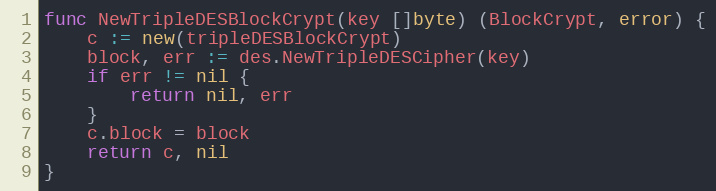
Language: Go
func NewTripleDESBlockCrypt(key []byte) (BlockCrypt, error) {
	c := new(tripleDESBlockCrypt)
	block, err := des.NewTripleDESCipher(key)
	if err != nil {
		return nil, err
	}
	c.block = block
	return c, nil
}